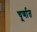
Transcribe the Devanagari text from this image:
चूर्णात